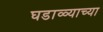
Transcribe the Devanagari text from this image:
घडाळ्याच्या